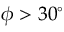
\phi > 3 0 ^ { \circ }